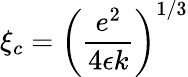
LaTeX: \xi_{c}=\left(\frac{e^{2}}{4\epsilon k}\right)^{1/3}